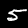
Label: 5